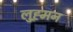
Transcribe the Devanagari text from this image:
लुह्र्मन